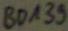
Text: BD139